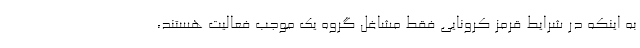
به اینکه در شرایط قرمز کرونایی فقط مشاغل گروه یک موجب فعالیت هستند،